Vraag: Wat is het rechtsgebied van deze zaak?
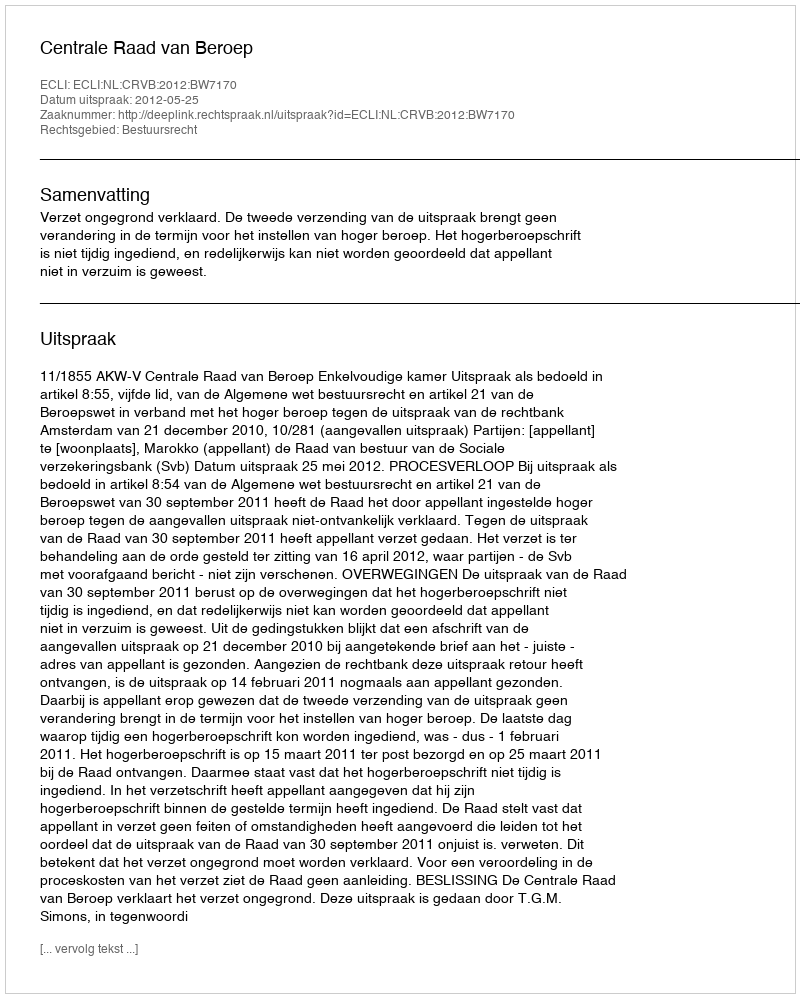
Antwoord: Bestuursrecht